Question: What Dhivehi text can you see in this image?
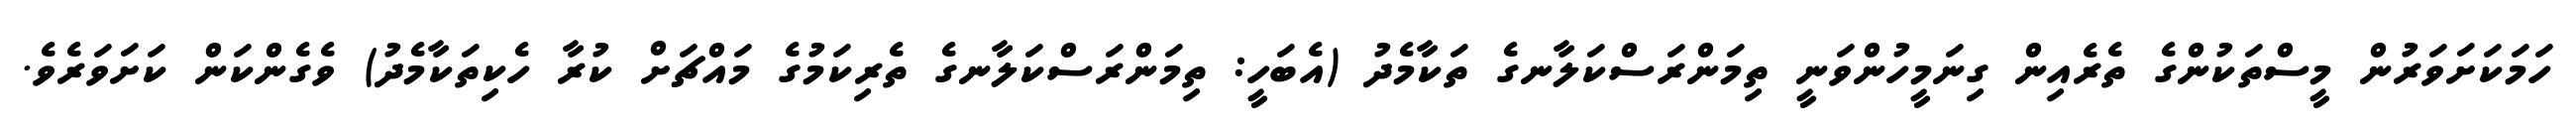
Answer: ހަމަކަށަވަރުން މީސްތަކުންގެ ތެރެއިން ގިނަމީހުންވަނީ ތިމަންރަސްކަލާނގެ ތަކާމެދު (އެބަހީ: ތިމަންރަސްކަލާނގެ ތެރިކަމުގެ މައްޗަށް ކުރާ ހެކިތަކާމެދު) ވެގެންކަން ކަށަވަރެވެ.